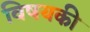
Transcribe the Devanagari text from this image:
विषयकी